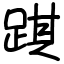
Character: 踑